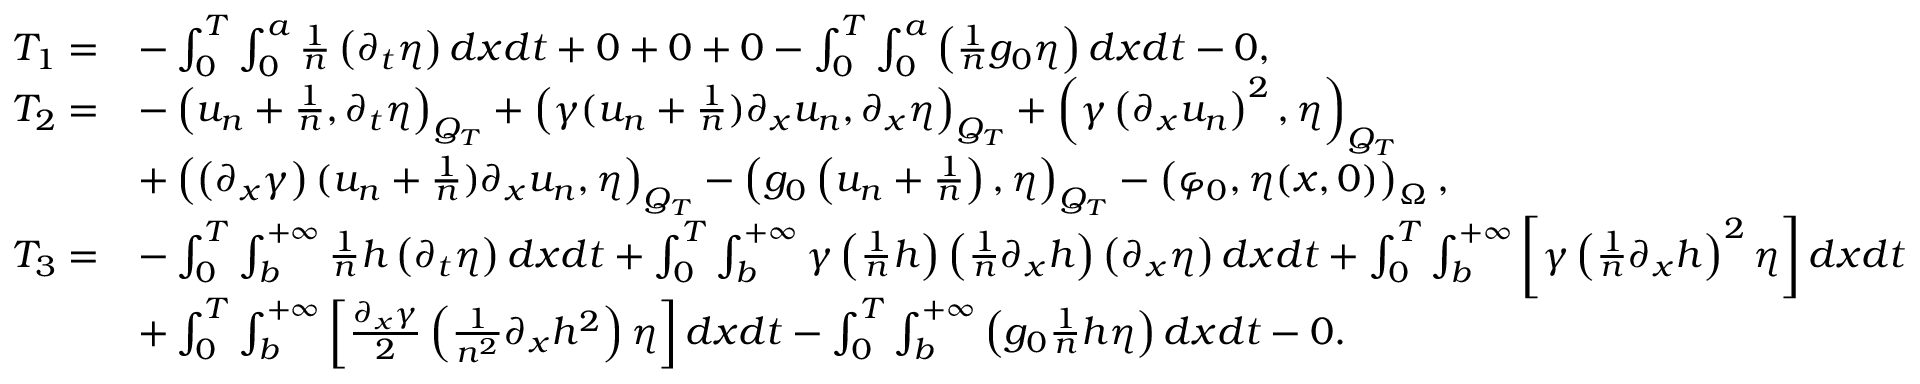
\begin{array} { r l } { T _ { 1 } = } & { - \int _ { 0 } ^ { T } \int _ { 0 } ^ { a } \frac { 1 } { n } \left( \partial _ { t } \eta \right) d x d t + 0 + 0 + 0 - \int _ { 0 } ^ { T } \int _ { 0 } ^ { a } \left( \frac { 1 } { n } g _ { 0 } \eta \right) d x d t - 0 , } \\ { T _ { 2 } = } & { - \left( u _ { n } + \frac { 1 } { n } , \partial _ { t } \eta \right) _ { Q _ { T } } + \left( \gamma ( u _ { n } + \frac { 1 } { n } ) \partial _ { x } u _ { n } , \partial _ { x } \eta \right) _ { Q _ { T } } + \left( \gamma \left( \partial _ { x } u _ { n } \right) ^ { 2 } , \eta \right) _ { Q _ { T } } } \\ & { + \left( \left( \partial _ { x } \gamma \right) ( u _ { n } + \frac { 1 } { n } ) \partial _ { x } u _ { n } , \eta \right) _ { Q _ { T } } - \left( g _ { 0 } \left( u _ { n } + \frac { 1 } { n } \right) , \eta \right) _ { Q _ { T } } - \left( \varphi _ { 0 } , \eta ( x , 0 ) \right) _ { \Omega } , } \\ { T _ { 3 } = } & { - \int _ { 0 } ^ { T } \int _ { b } ^ { + \infty } \frac { 1 } { n } h \left( \partial _ { t } \eta \right) d x d t + \int _ { 0 } ^ { T } \int _ { b } ^ { + \infty } \gamma \left( \frac { 1 } { n } h \right) \left( \frac { 1 } { n } \partial _ { x } h \right) \left( \partial _ { x } \eta \right) d x d t + \int _ { 0 } ^ { T } \int _ { b } ^ { + \infty } \left[ \gamma \left( \frac { 1 } { n } \partial _ { x } h \right) ^ { 2 } \eta \right] d x d t } \\ & { + \int _ { 0 } ^ { T } \int _ { b } ^ { + \infty } \left[ \frac { \partial _ { x } \gamma } { 2 } \left( \frac { 1 } { n ^ { 2 } } \partial _ { x } h ^ { 2 } \right) \eta \right] d x d t - \int _ { 0 } ^ { T } \int _ { b } ^ { + \infty } \left( g _ { 0 } \frac { 1 } { n } h \eta \right) d x d t - 0 . } \end{array}